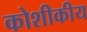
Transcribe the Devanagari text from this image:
कोशीकीय